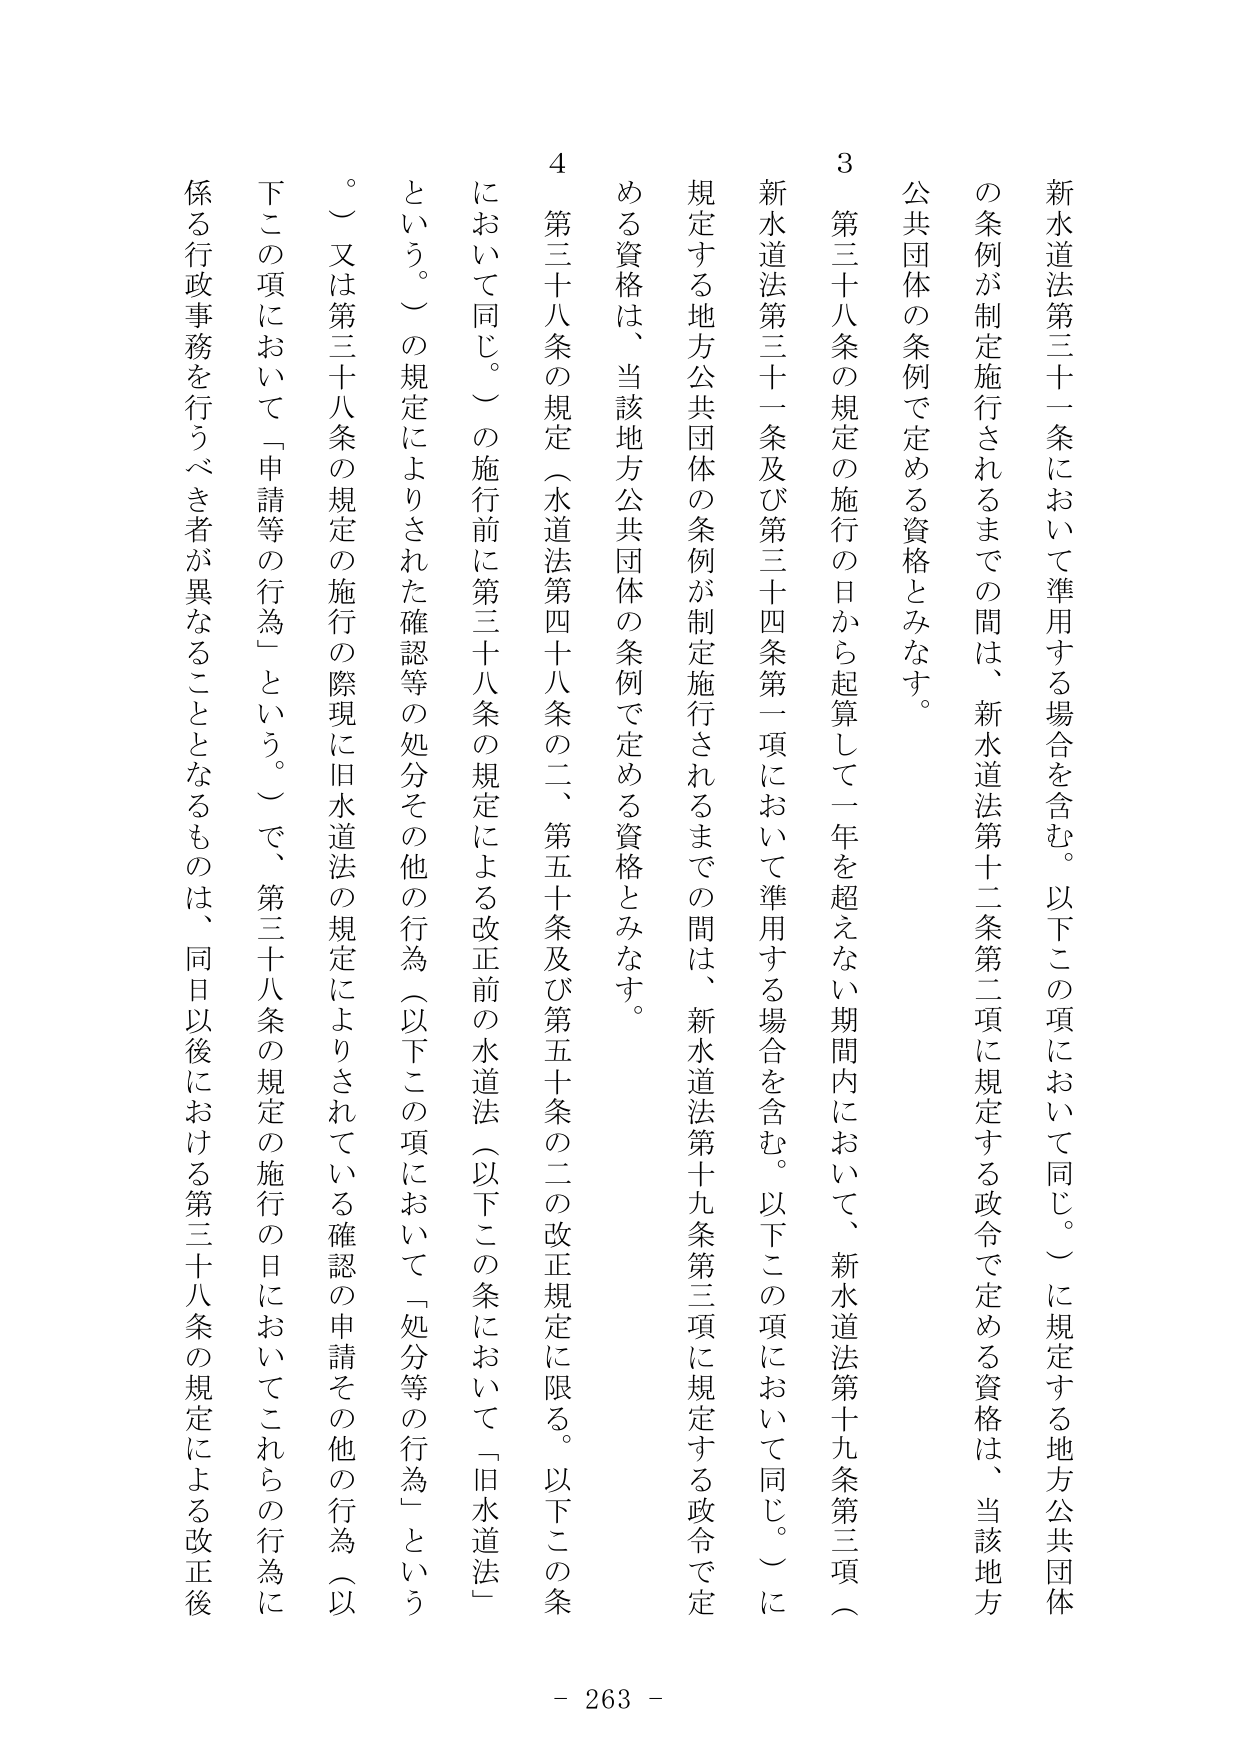
新水道法第三十一条において準用する場合を含む。以下この項において同じ。）に規定する地方公共団体の条例が制定施行されるまでの間は、新水道法第十二条第二項に規定する政令で定める資格は、当該地方公共団体の条例で定める資格とみなす。

3 第三十八条の規定の施行の日から起算して一年を超えない期間内において、新水道法第十九条第三項（新水道法第三十一条及び第三十四条第一項において準用する場合を含む。以下この項において同じ。）に規定する地方公共団体の条例が制定施行されるまでの間は、新水道法第十九条第三項に規定する政令で定める資格は、当該地方公共団体の条例で定める資格とみなす。

4 第三十八条の規定（水道法第四十八条の二、第五十条及び第五十条の二の改正規定に限る。以下この条において同じ。）の施行前に第三十八条の規定による改正前の水道法（以下この条において「旧水道法」という。）の規定によりされた確認等の処分その他の行為（以下この項において「処分等の行為」という。）又は第三十八条の規定の施行の際現に旧水道法の規定によりされている確認の申請その他の行為（以下この項において「申請等の行為」という。）で、第三十八条の規定の施行の日においてこれらの行為に係る行政事務を行うべき者が異なることとなるものは、同日以後における第三十八条の規定による改正後

- 263 -